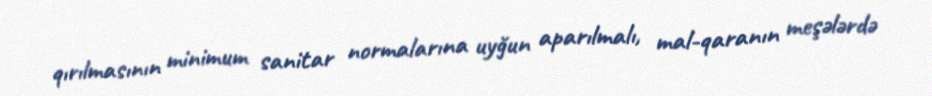
qırılmasının minimum sanitar normalarına uyğun aparılmalı, mal-qaranın meşələrdə